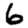
Digit: 6